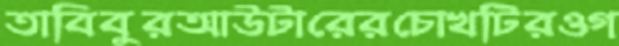
তাবিবুরআউটারেরচোখটিরওগ